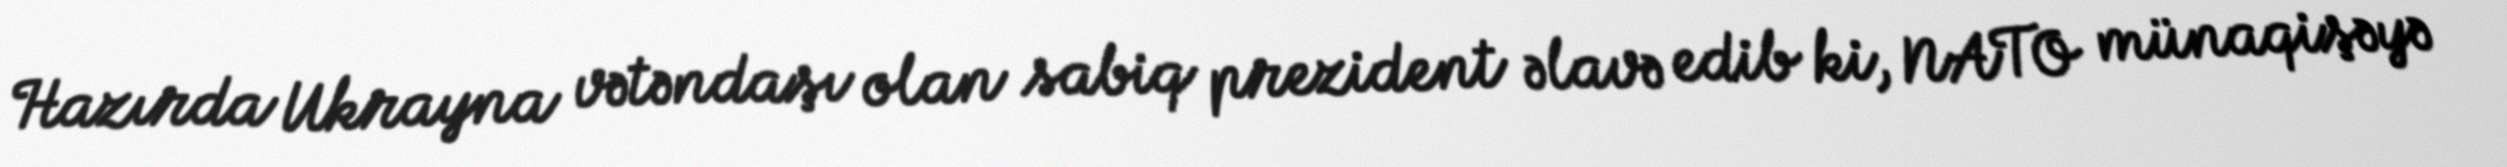
Hazırda Ukrayna vətəndaşı olan sabiq prezident əlavə edib ki, NATO münaqişəyə